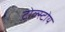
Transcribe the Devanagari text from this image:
टोल्स्टोय